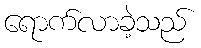
ရောက်လာခဲ့သည်